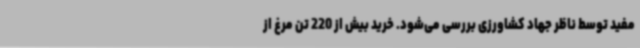
مفید توسط ناظر جهاد کشاورزی بررسی می‌شود. خرید بیش از 220 تن مرغ از